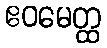
ဧဝမေတ္ထ